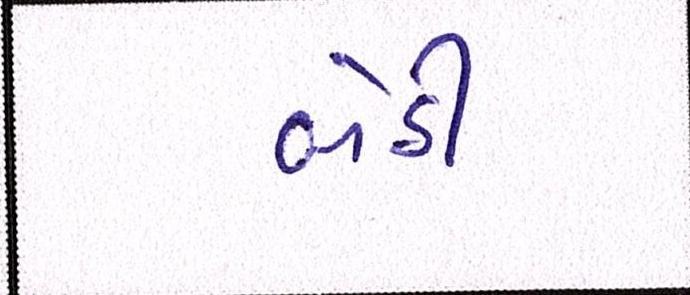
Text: બેઠી